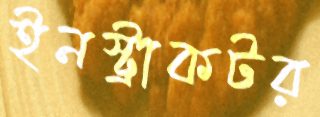
ইনস্ট্রাকটর